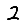
Digit: 2